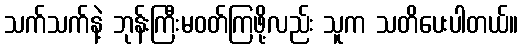
သက်သက်နဲ့ ဘုန်းကြီးမဝတ်ကြဖို့လည်း သူက သတိပေးပါတယ်။